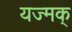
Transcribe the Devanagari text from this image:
यज्मक्